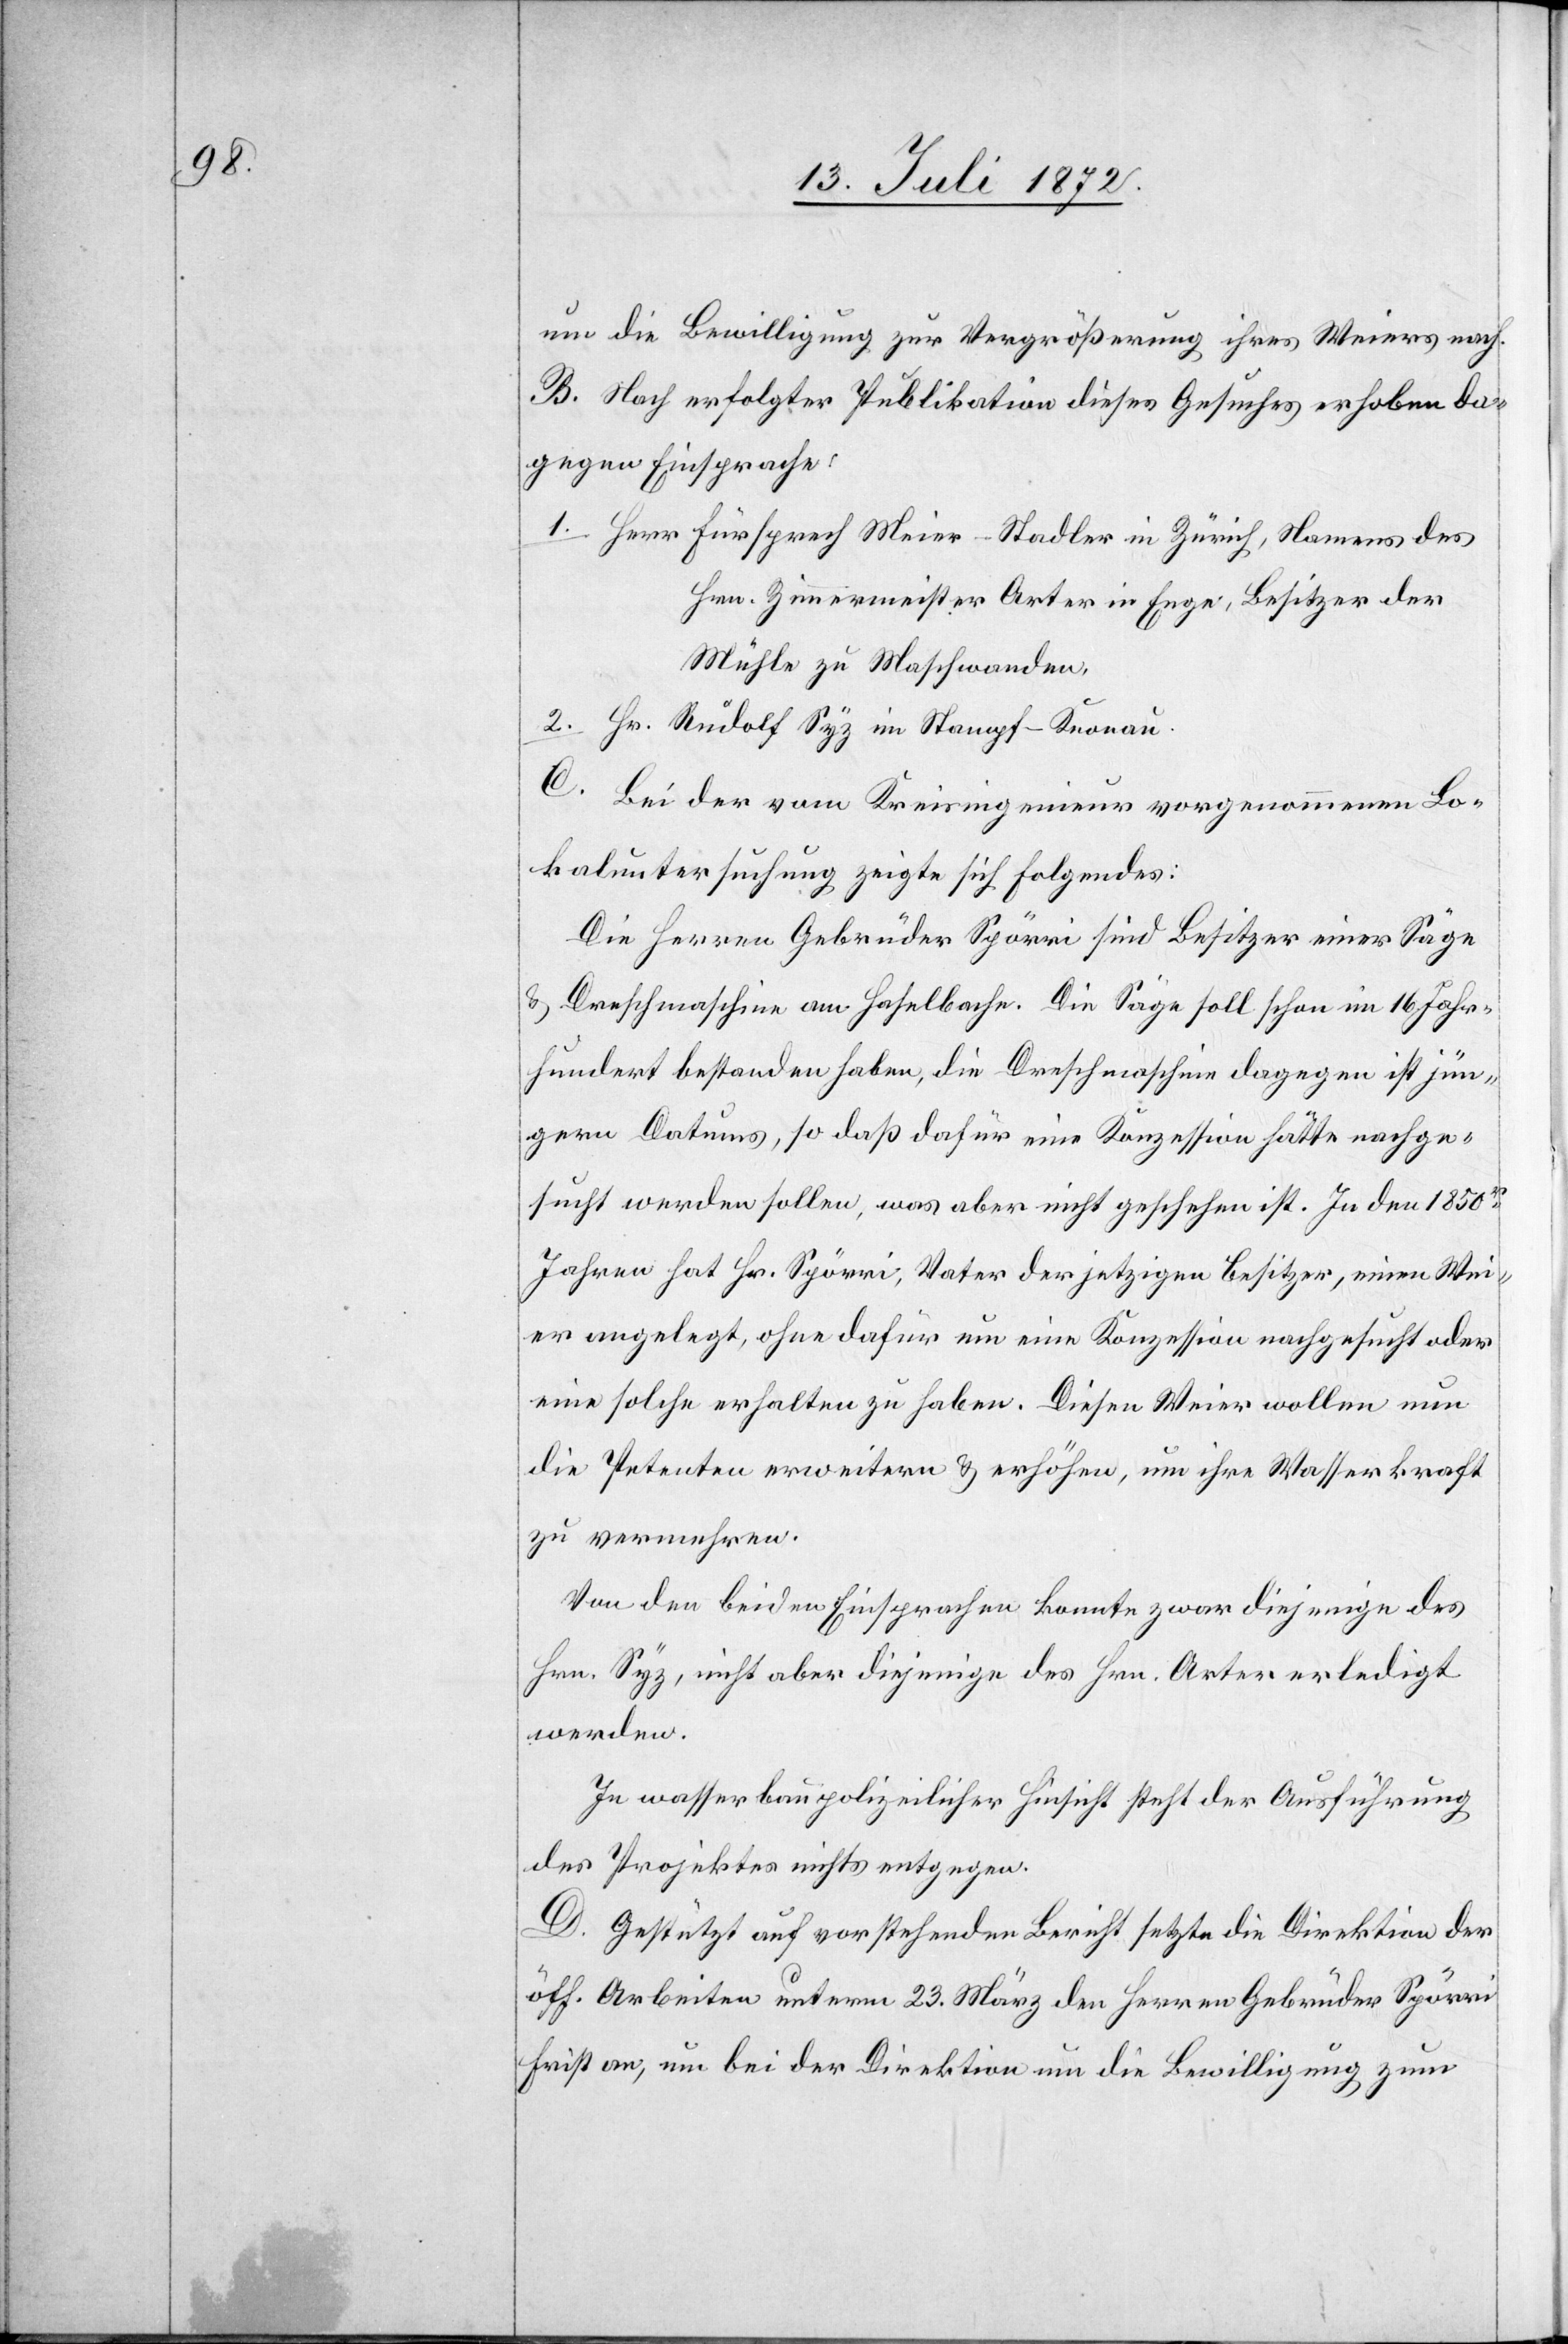
um die Bewilligung zur Vergrößerung ihres Weiers nach.
B. Nach erfolgter Publikation dieses Gesuches erhoben da¬
gegen Einsprache:
1. Herr Fürsprech Meier-Stadler in Zürich, Namens des
Hrn. Zimmermeisters Arter in Enge, Besitzer der
Mühle zu Maschwanden,
2. Hr. Rudolf Syz in Stampf-Knonau.
C. Bei der vom Kreisingenieur vorgenommenen Lo¬
kaluntersuchungen zeigte sich folgendes:
Die Herren Gebrüder Spörri sind Besitzer einer Säge
u. Drehmaschine am Haselbache. Die Säge soll schon im 16. Jahr¬
hundert bestanden haben, die Drehmaschine dagegen ist jün¬
gern Datums, so daß dafür eine Konzession hätte nachge¬
sucht werden sollen, was aber nicht geschehen ist. In den 1850r
Jahren hat Hr. Spörri, Vater der jetzigen Besitzer, einen Wei¬
er angelegt, ohne dafür um eine Konzession nachgesucht oder
eine solche erhalten zu haben. Diesen Weier wollen nun
die Petenten erweitern u. erhöhen, um ihre Wasserkraft
zu vermehren.
Von den beiden Einsprachen konnte zwar diejenige des
Hrn. Syz, nicht aber diejenige des Hrn. Arter erledigt
werden.
In wasserbaupolizeilicher Hinsicht steht der Ausführung
des Projektes nichts entgegen.
D. Gestützt auf vorstehenden Bericht setzte die Direktion der
öff. Arbeiten unterm 23. März den Herren Gebrüder Spörri
Frist an, um bei der Direktion um Bewilligung zum